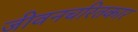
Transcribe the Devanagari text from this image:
जीवनचरितकार